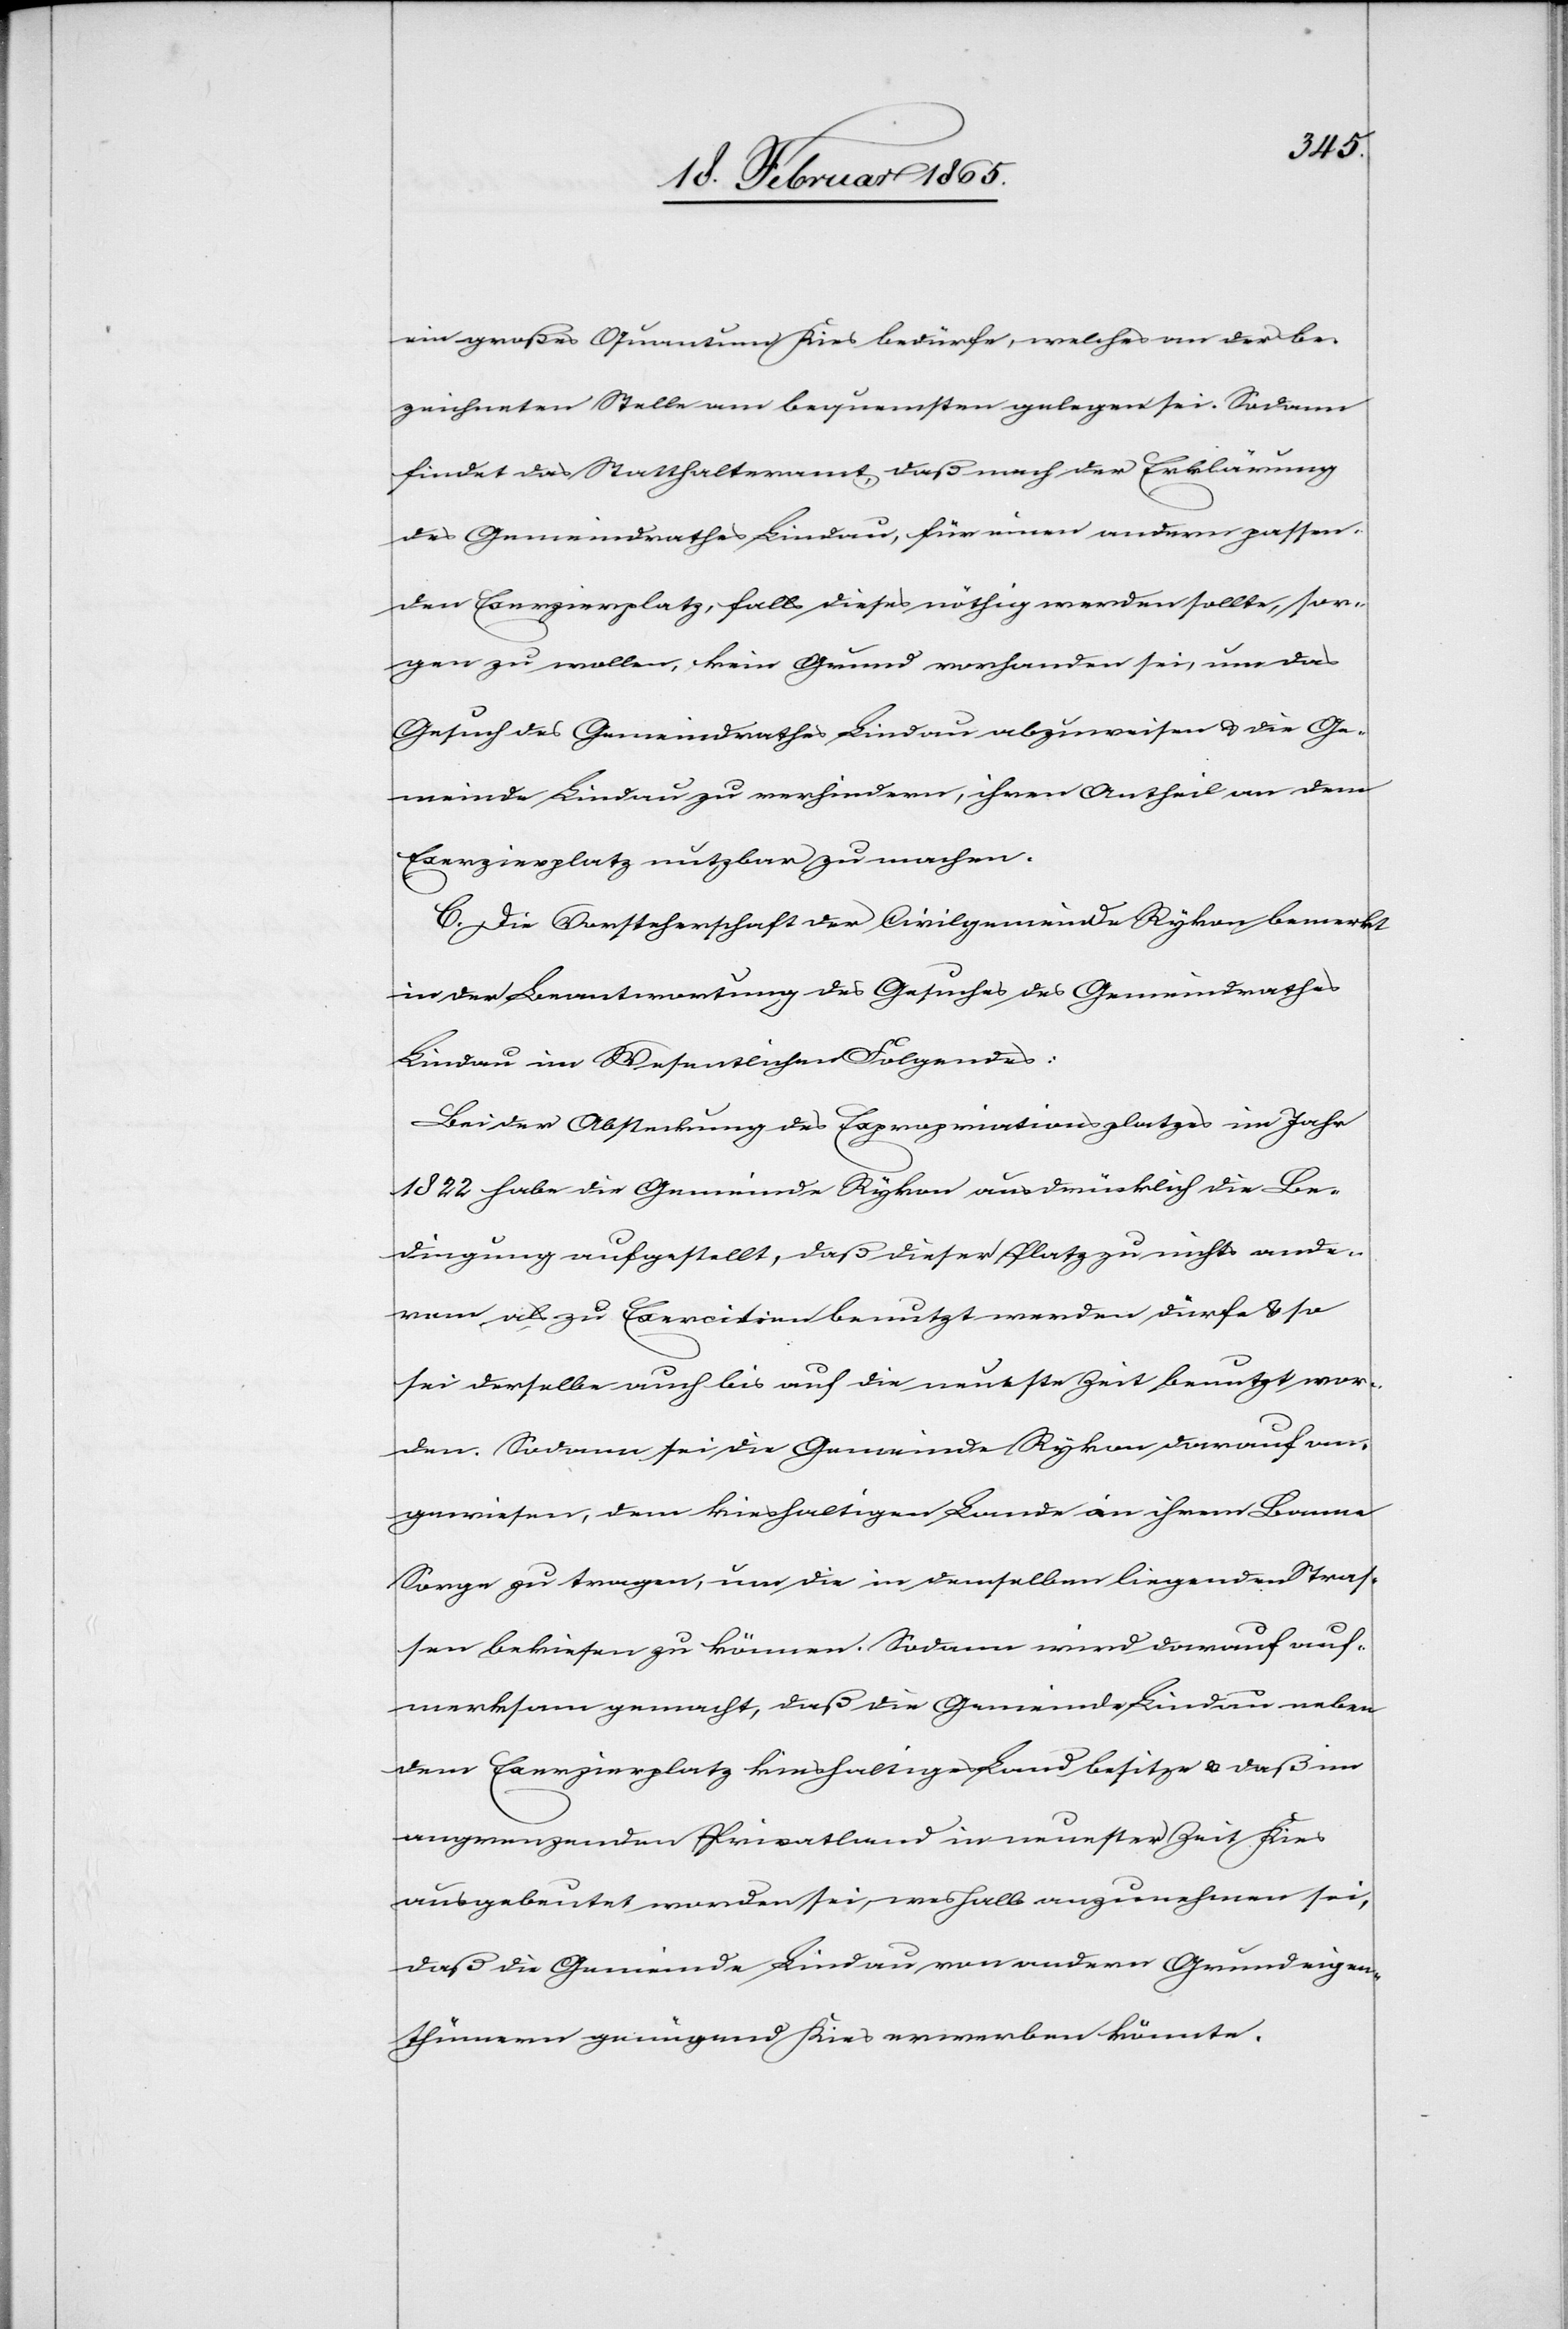
ein großes Quantum Kies bedürfe, welches an der be¬
zeichneten Stelle am bequemsten gelegen sei. Sodann
findet das Statthalteramt, daß nach der Erklärung
des Gemeindrathes Lindau, für einen andern passen¬
den Exerzierplatz, falls dieses nöthig werden sollte, sor¬
gen zu wollen, kein Grund vorhanden sei, um das
Gesuch des Gemeindrathes Lindau abzuweisen u. die Ge¬
meinde Lindau zu verhindern, ihren Antheil an dem
Exerzierplatz nutzbar zu machen.
C. Die Vorsteherschaft der Civilgemeinde Rykon bemerkt
in der Beantwortung des Gesuches des Gemeindrathes
Lindau im Wesentlichen Folgendes:
Bei der Absteckung des Expropriationsplatzes im Jahr
1822 habe die Gemeinde Rykon ausdrücklich die Be¬
dingung aufgestellt, daß dieser Platz zu nichts ande¬
rem als zu Exercitien benutzt werden dürfe, u. so
sei derselbe auch bis auf die neueste Zeit benutzt wor¬
den. Sodann sei die Gemeinde Rykon darauf an¬
gewiesen, dem kieshaltigen Lande in ihrem Banne
Sorge zu tragen, um die in denselben liegenden Straß¬
en bekiesen zu können. Sodann wird darauf auf¬
merksam gemacht, daß die Gemeinde Lindau neben
dem Exerzierplatz kieshaltiges Land besitze u. daß im
angrenzenden Privatland in neuester Zeit Kies
ausgebeutet worden ist, weshalb anzunehmen sei,
daß die Gemeinde Lindau von andern Grundeigen¬
thümern genügend Kies erwerben könnte.